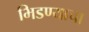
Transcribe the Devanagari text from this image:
भिडण्याचा